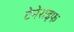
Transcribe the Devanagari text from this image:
टेनेराइफ